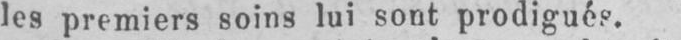
les premiers soins lui sont prodigués.